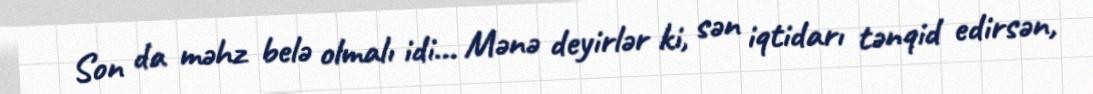
Son da məhz belə olmalı idi... Mənə deyirlər ki, sən iqtidarı tənqid edirsən,